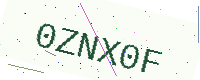
Text: 0ZNX0F